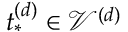
t _ { * } ^ { ( d ) } \in \mathcal { V } ^ { ( d ) }